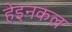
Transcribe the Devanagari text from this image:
हेइनकल